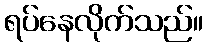
ရပ်နေလိုက်သည်။